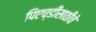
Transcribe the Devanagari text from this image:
पिएच्डीसाठीचे